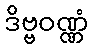
ဒိဗ္ဗဝဏ္ဏံ